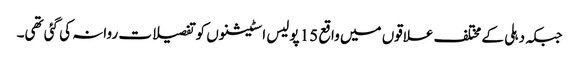
جبکہ دہلی کے مختلف علاقوں میں واقع 15 پولیس اسٹیشنوں کو تفصیلات روانہ کی گئی تھی۔